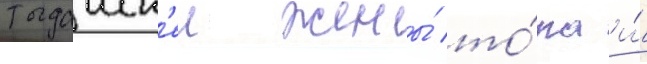
тогдашн'еи жены́ то́ра и́